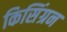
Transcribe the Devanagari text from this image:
किसिंग्रन